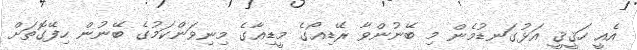
އެއީ ހަޤީޤީ އަޅުގަނޑުމެން މި ބޭނުންވާ ރޭޑިއޯގެ މީޑިއާގެ މިނިވަންކަމުގެ ބޭނުން ހިފޭގޮތަށް